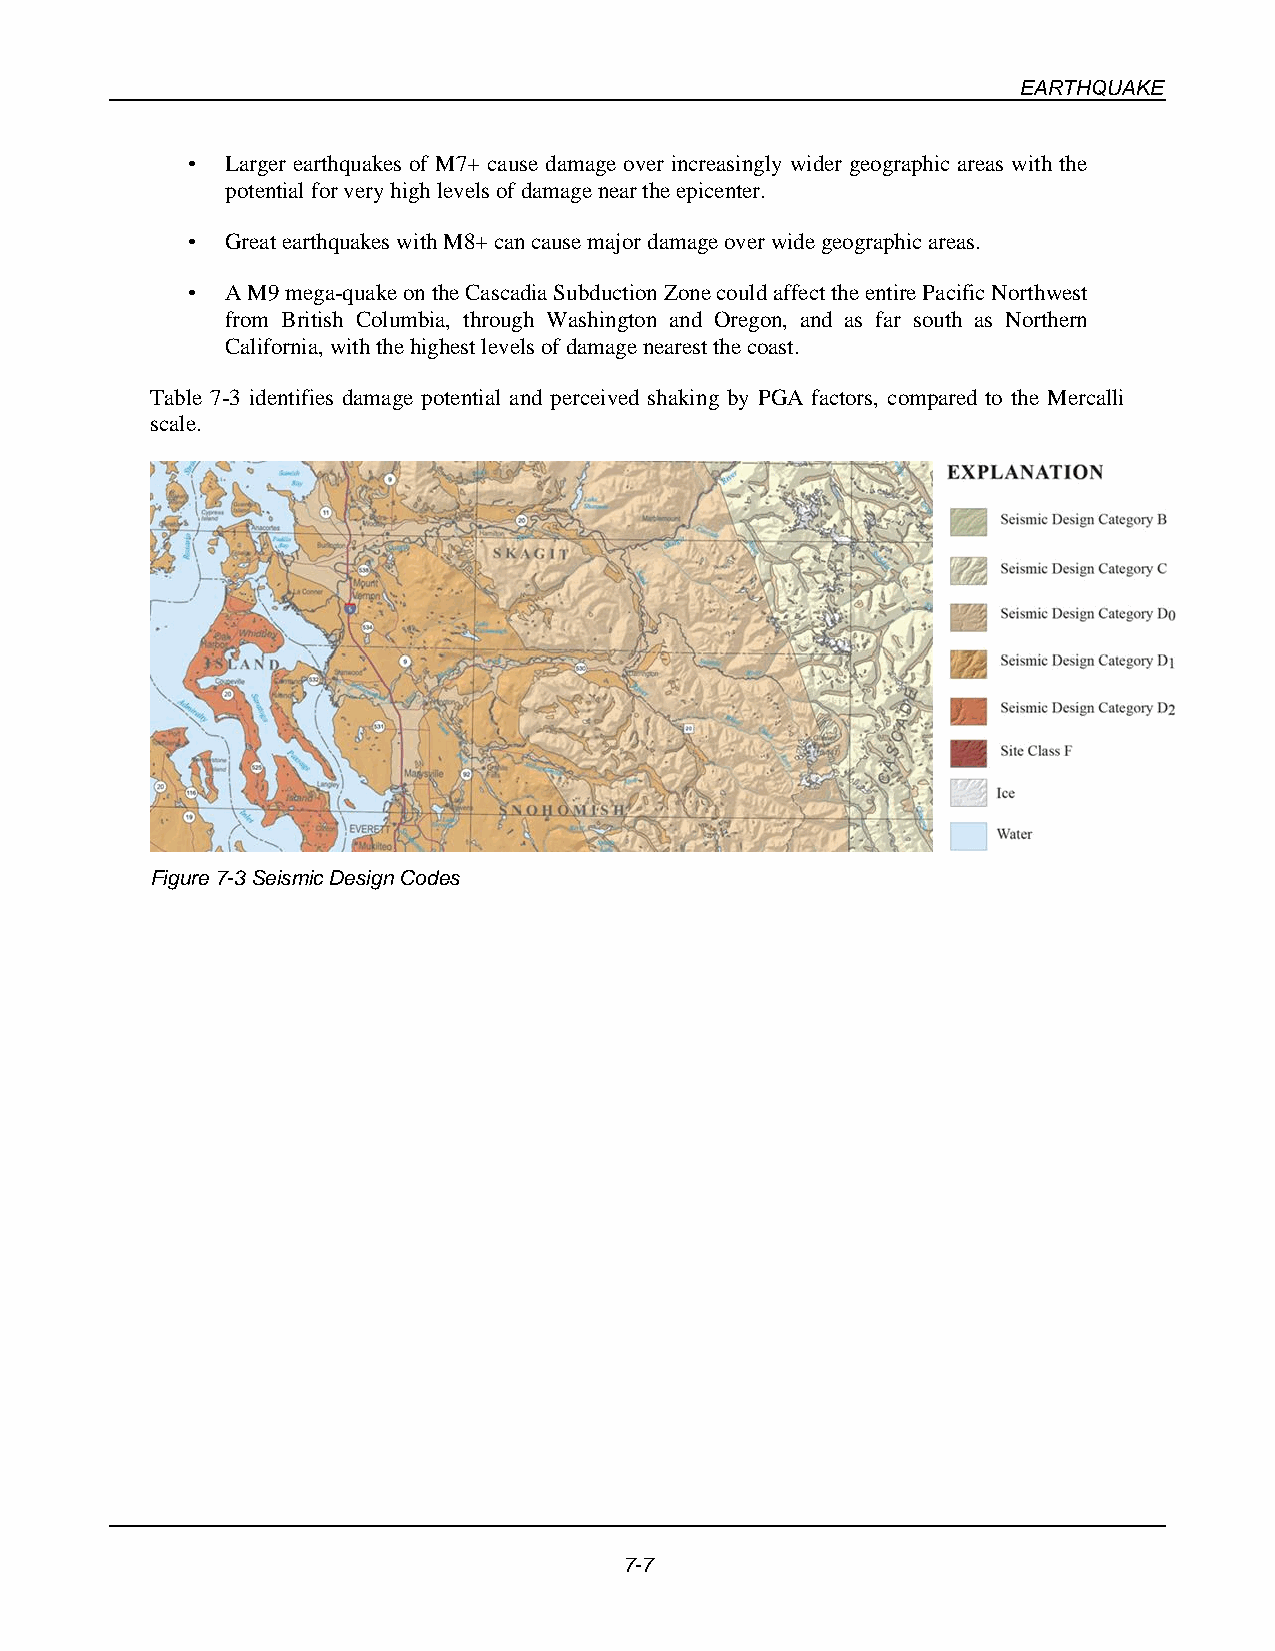
EARTHQUAKE
 •  Larger earthquakes of M7+ cause damage over increasingly wider geographic areas with the
 potential for very high levels of damage near the epicenter.
 •  Great earthquakes with M8+ can cause major damage over wide geographic areas.
 •  A M9 mega-quake on the Cascadia Subduction Zone could affect the entire Pacific Northwest
 from British Columbia, through Washington and Oregon, and as far south as Northern
 California, with the highest levels of damage nearest the coast.
 Table 7-3 identifies damage potential and perceived shaking by PGA factors, compared to the Mercalli
 scale.
 Figure 7-3 Seismic Design Codes
 7-7